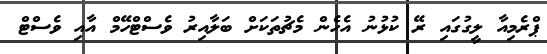
ޕްރެމިއާ ލީގުގައި ރޭ ކުޅުނު އެހެން މެޗުތަކަށް ބަލާއިރު ވެސްޓްހޭމް އާއި ވެސްޓް